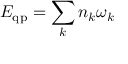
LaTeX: E _ { \mathrm { q p } } = \sum _ { k } n _ { k } \omega _ { k }